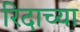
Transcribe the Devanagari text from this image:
रिदाच्या